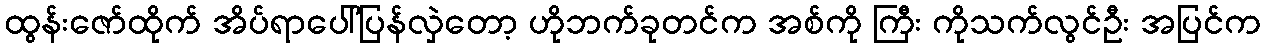
ထွန်းဇော်ထိုက် အိပ်ရာပေါ်ပြန်လှဲတော့ ဟိုဘက်ခုတင်က အစ်ကို ကြီး ကိုသက်လွင်ဦး အပြင်က